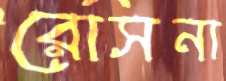
রোসনা